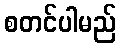
စတင်ပါမည်